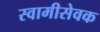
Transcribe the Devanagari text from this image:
स्वामीसेवक